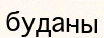
буданы